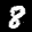
Label: 8